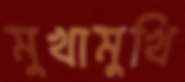
মুখামুখি